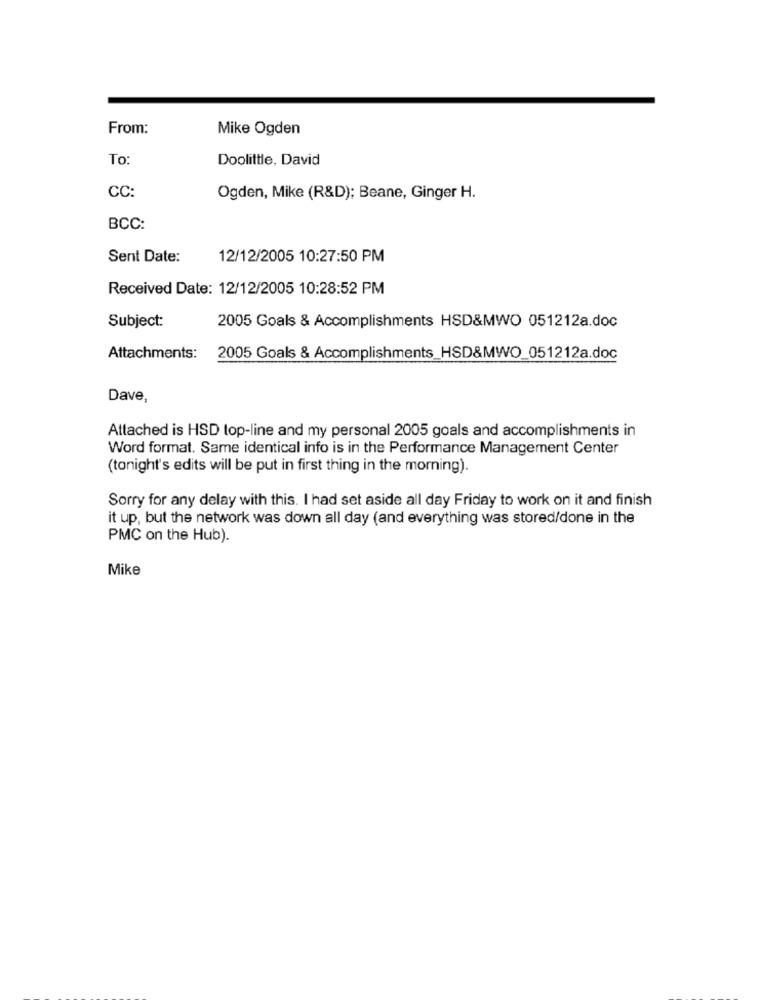
From:
Mike Ogden
To
Doolittle, David
CC:
Ogden, Mike (R&D): Beane, Ginger H.
BCC:
Sent Date:
12/12/2005 10:27:50 PM
Received Date: 12/12/2005 10:28:52 PM
Subject:
2005 Goals & Accomplishments HSD&MWO 051212a.doc
Attachments: 2005 Goals & Accomplishments_HSD&MWO_051212a.doc
Dave,
Attached is HSD top-line and my personal 2005 goals and accomplishments in
Word format. Same identical info is in the Performance Management Center
(tonight's edits will be put in first thing in the morning).
Sorry for any delay with this. I had set aside all day Friday to work on it and finish
it up, but the network was down all day (and everything was stored/done in the
PMC on the Hub).
Mike